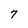
Character: 7